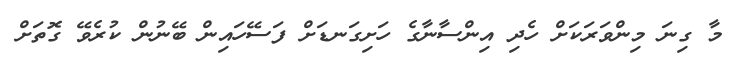
މާ ގިނަ މިންވަރަކަށް ހެދި އިންސާނާގެ ހަށިގަނޑަށް ފަސޭހައިން ބޭނުން ކުރެވޭ ގޮތަށް